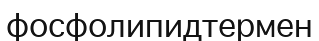
фосфолипидтермен